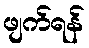
ဖျက်ရန်